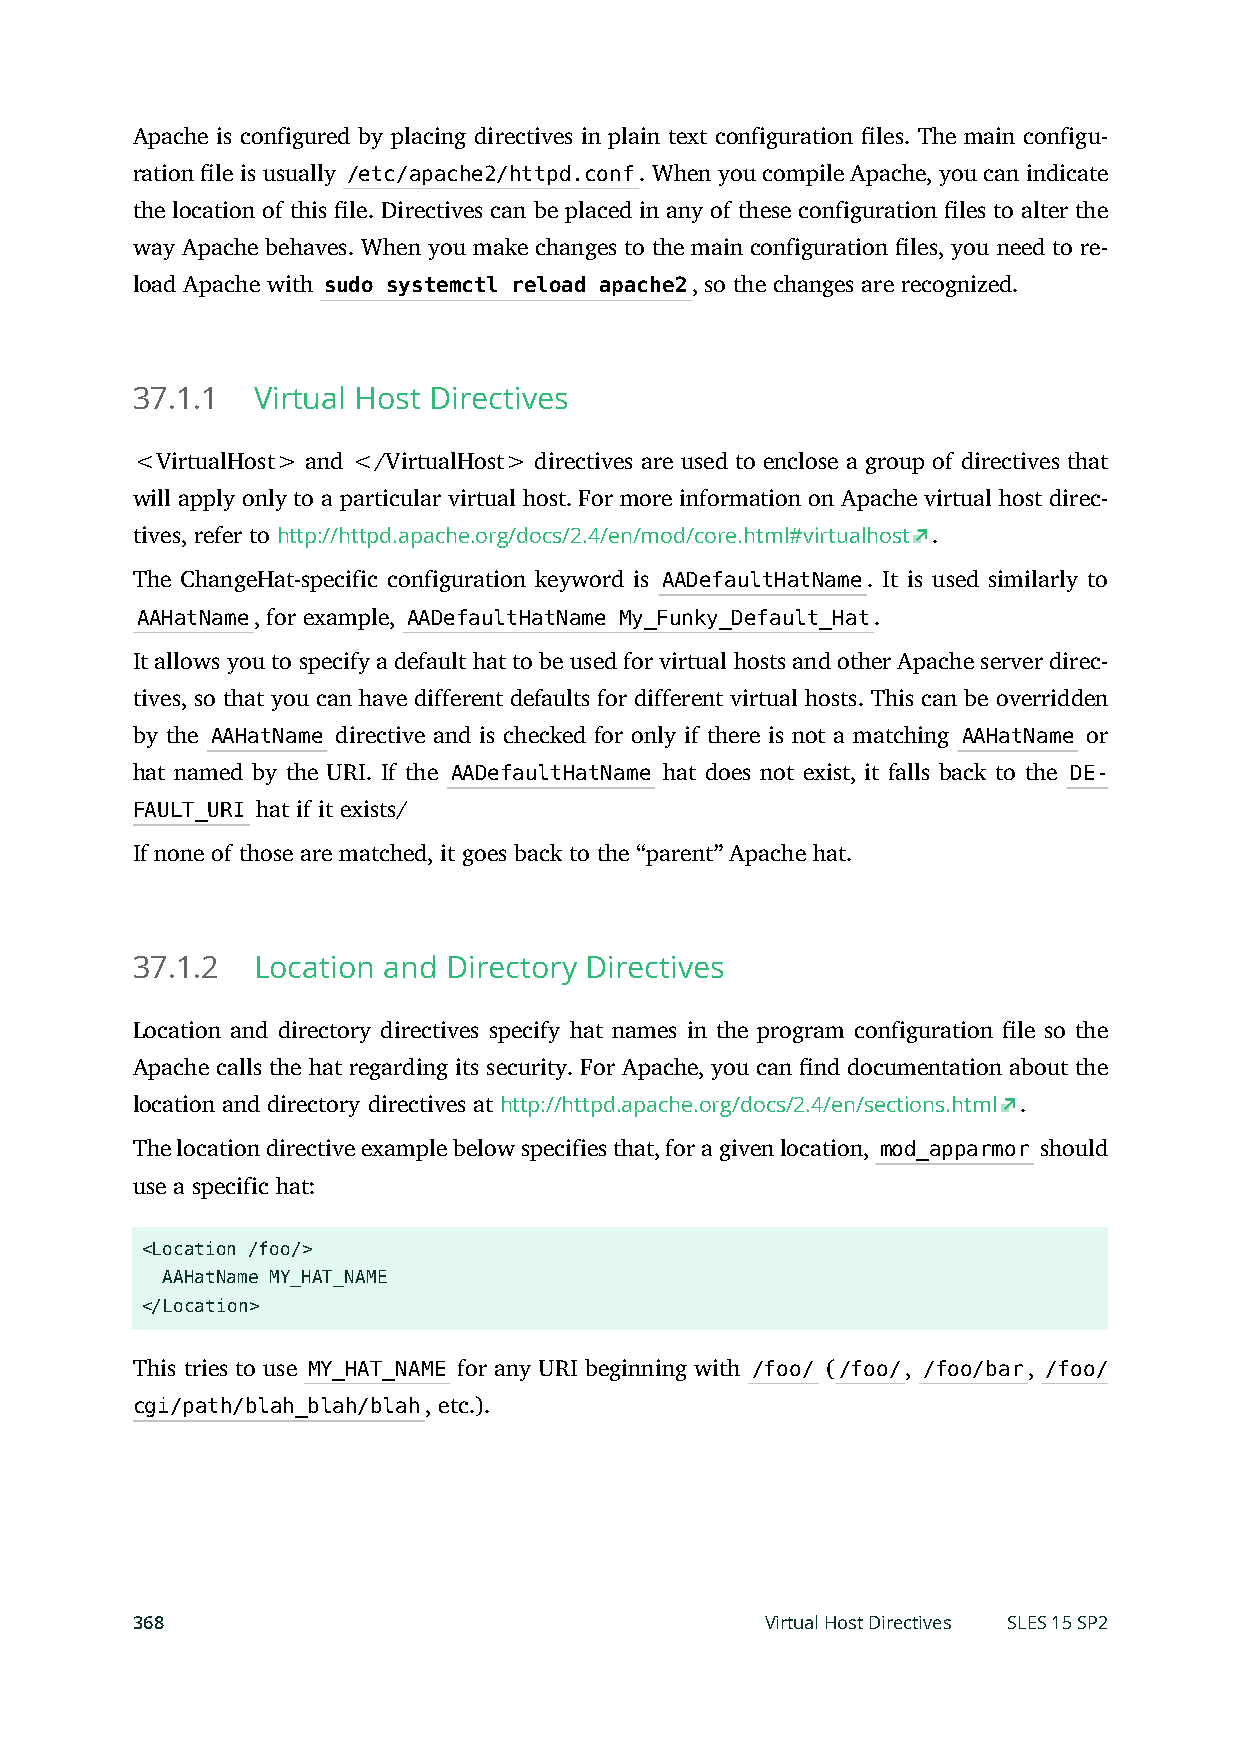
Apache is configured by placing directives in plain text configuration les. The main configu-
 ration le is usually /etc/apache2/httpd.conf. When you compile Apache, you can indicate
 the location of this le. Directives can be placed in any of these configuration les to alter the
 way Apache behaves. When you make changes to the main configuration les, you need to re-
 load Apache with sudo systemctl reload apache2, so the changes are recognized.
 37.1.1  Virtual Host Directives
 <VirtualHost> and </VirtualHost> directives are used to enclose a group of directives that
 will apply only to a particular virtual host. For more information on Apache virtual host direc-
 tives, refer to http://httpd.apache.org/docs/2.4/en/mod/core.html#virtualhost .
 The ChangeHat-specific configuration keyword is AADefaultHatName. It is used similarly to
 AAHatName, for example, AADefaultHatName My_Funky_Default_Hat.
 It allows you to specify a default hat to be used for virtual hosts and other Apache server direc-
 tives, so that you can have different defaults for different virtual hosts. This can be overridden
 by the AAHatName directive and is checked for only if there is not a matching AAHatName or
 hat named by the URI. If the AADefaultHatName hat does not exist, it falls back to the DE-
 FAULT_URI hat if it exists/
 If none of those are matched, it goes back to the “parent” Apache hat.
 37.1.2  Location and Directory Directives
 Location and directory directives specify hat names in the program configuration le so the
 Apache calls the hat regarding its security. For Apache, you can nd documentation about the
 location and directory directives at http://httpd.apache.org/docs/2.4/en/sections.html .
 The location directive example below specifies that, for a given location, mod_apparmor should
 use a specific hat:
 <Location /foo/>
 AAHatName MY_HAT_NAME
 </Location>
 This tries to use MY_HAT_NAME for any URI beginning with /foo/ (/foo/, /foo/bar, /foo/
 cgi/path/blah_blah/blah, etc.).
 368                                       Virtual Host Directives SLES 15 SP2